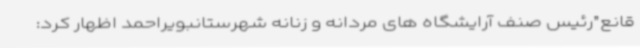
قانع”رئیس صنف آرایشگاه های مردانه و زنانه شهرستانبویراحمد اظهار کرد: